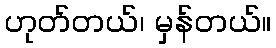
ဟုတ်တယ်၊ မှန်တယ်။